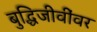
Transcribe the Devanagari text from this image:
बुद्धिजीवींवर